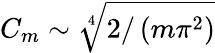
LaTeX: C_{m}\sim\sqrt[4]{2/\left(m\pi^{2}\right)}